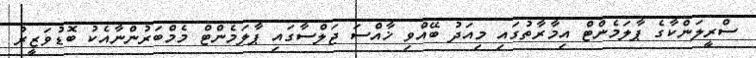
ސްރީލަންކާގެ ޕާލަމެންޓް އިމާރާތުގައި މިއަދު ބޭއްވި ޚާއްސަ ޖަލްސާގައި ޕާލަމެންޓް މެމްބަރުންނާއެކު ބޮޑުވަޒީރު